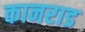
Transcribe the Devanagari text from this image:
कानराड